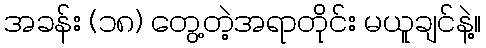
အခန်း (၁၈) တွေ့တဲ့အရာတိုင်း မယူချင်နဲ့။